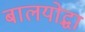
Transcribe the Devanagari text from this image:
बालयोद्धा